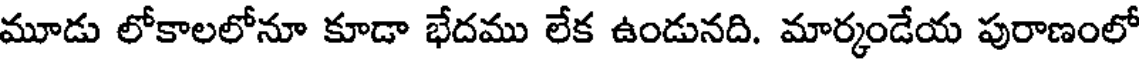
మూడు లోకాలలోనూ కూడా భేదము లేక ఉండునది. మార్కండేయ పురాణంలో